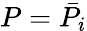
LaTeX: P=\bar{P_{i}}